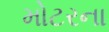
મોટરના